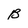
Character: B